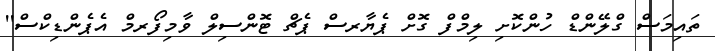
ތައިމަސް ގްލޭންޑް ހުންކޮށި ލިމްފް ގޮށް ޕެޔާރސް ޕެޗް ޓޮންސިލް ވާމިފޯރމް އެޕެންޑިކްސް''